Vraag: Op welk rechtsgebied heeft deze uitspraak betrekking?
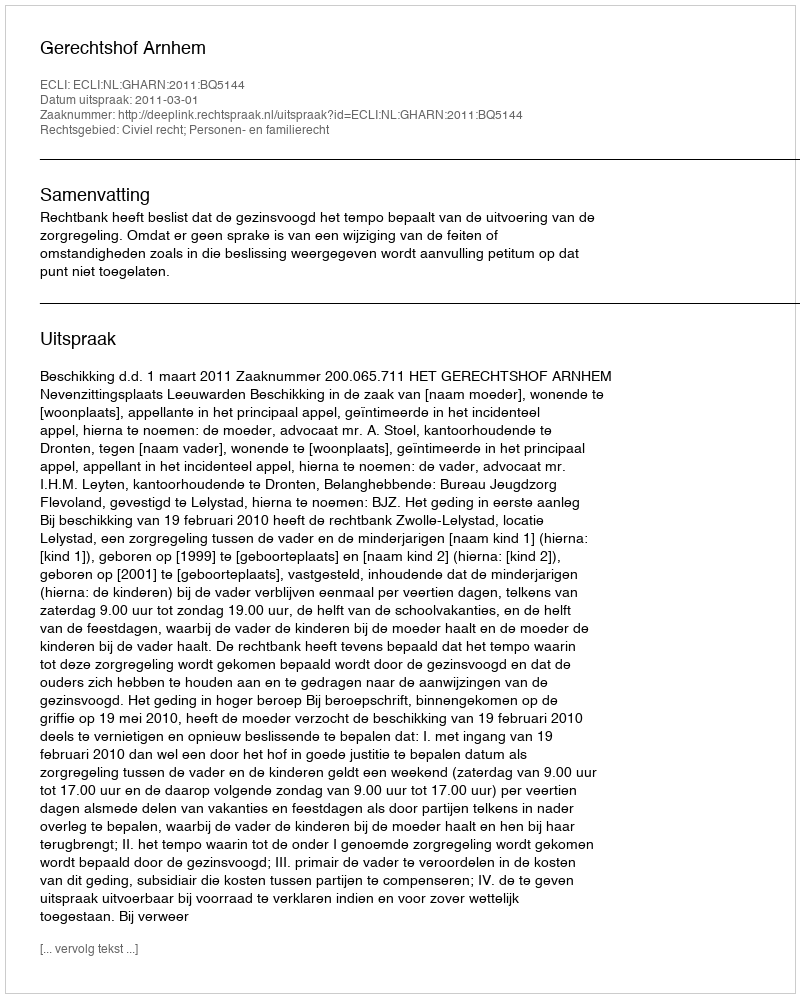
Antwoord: Civiel recht; Personen- en familierecht